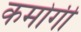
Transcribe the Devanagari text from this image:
कमोगी